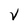
Character: V